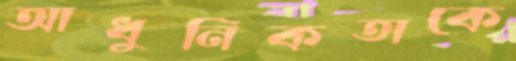
আধুনিকতাকে